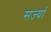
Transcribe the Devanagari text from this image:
सर्ज्या